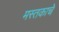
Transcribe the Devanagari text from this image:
मस्तकाचे